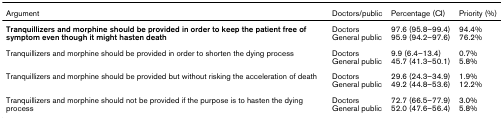
| Argument | Doctors/public | Percentage (CI) | Priority (%) |
 | --- | --- | --- | --- |
 | Tranquillizers and morphine should be provided in order to keep the patient free of symptom even though it might hasten death | DoctorsGeneral public | 97.6 (95.8–99.4)95.9 (94.2–97.6) | 94.4%76.2% |
 | Tranquillizers and morphine should be provided in order to shorten the dying process | DoctorsGeneral public | 9.9 (6.4–13.4)45.7 (41.3–50.1) | 0.7%5.8% |
 | Tranquillizers and morphine should be provided but without risking the acceleration of death | DoctorsGeneral public | 29.6 (24.3–34.9)49.2 (44.8–53.6) | 1.9%12.2% |
 | Tranquillizers and morphine should not be provided if the purpose is to hasten the dying process | DoctorsGeneral public | 72.7 (66.5–77.9)52.0 (47.6–56.4) | 3.0%5.8% |